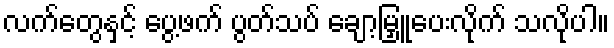
လက်တွေနှင့် ပွေ့ဖက် ပွတ်သပ် ချော့မြှူပေးလိုက် သလိုပါ။